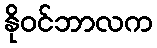
နိုဝင်ဘာလက